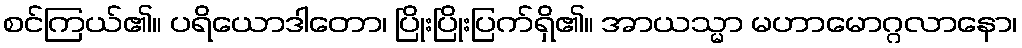
စင်ကြယ်၏။ ပရိယောဒါတော၊ ပြိုးပြိုးပြက်ရှိ၏။ အာယသ္မာ မဟာမောဂ္ဂလာနော၊